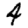
Digit: 4